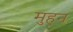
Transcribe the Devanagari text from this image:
मुहन